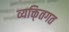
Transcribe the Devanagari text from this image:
व्यक्ति्तगत